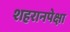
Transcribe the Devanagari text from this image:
शहरानपेक्षा